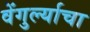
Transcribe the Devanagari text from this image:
वेंगुर्ल्याचा